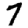
Digit: 7